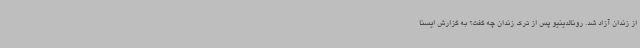
از زندان آزاد شد. رونالدینیو پس از ترک زندان چه گفت؟ به گزارش ایسنا